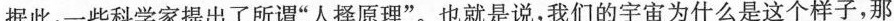
据此，-些科学家提出了所谓\underline{”人择原理”}。也就是说，我们的宇宙为什么是这个样子，那